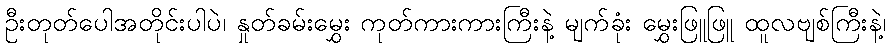
ဦးတုတ်ပေါအတိုင်းပါပဲ၊ နှုတ်ခမ်းမွှေး ကုတ်ကားကားကြီးနဲ့ မျက်ခုံး မွှေးဖြူဖြူ ထူလဗျစ်ကြီးနဲ့၊